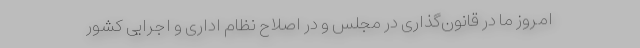
امروز ما در قانون‌گذاری در مجلس و در اصلاح نظام اداری و اجرایی کشور